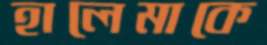
হালেমাকে